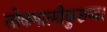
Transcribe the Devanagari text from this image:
लोकमात्मीकुरूष्व।